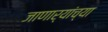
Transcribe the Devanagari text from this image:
जाणार्‍यांच्या